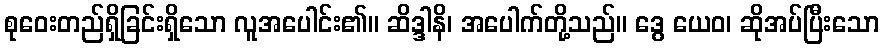
စုဝေးတည်ရှိခြင်းရှိသော လူအပေါင်း၏။ ဆိဒ္ဒါနိ၊ အပေါက်တို့သည်။ ဒွေ ယေဝ၊ ဆိုအပ်ပြီးသော